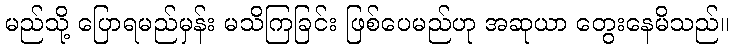
မည်သို့ ပြောရမည်မှန်း မသိကြခြင်း ဖြစ်ပေမည်ဟု အဆုယာ တွေးနေမိသည်။